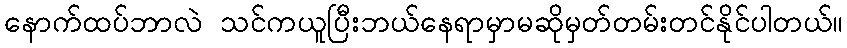
နောက်ထပ်ဘာလဲ သင်ကယူပြီးဘယ်နေရာမှာမဆိုမှတ်တမ်းတင်နိုင်ပါတယ်။